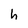
Character: h